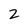
Character: 2